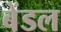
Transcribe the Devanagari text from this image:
बेंडल